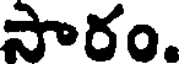
సారం.